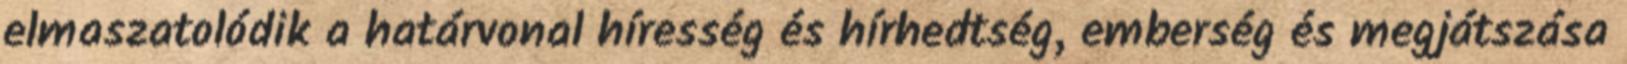
elmaszatolódik a határvonal híresség és hírhedtség, emberség és megjátszása